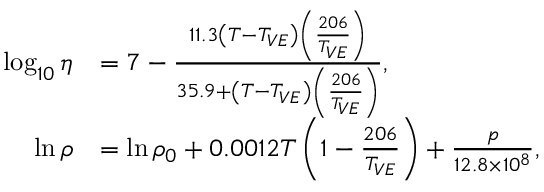
\begin{array} { r l } { \log _ { 1 0 } \eta } & { = 7 - \frac { 1 1 . 3 \left( T - T _ { V E } \right) \left( \frac { 2 0 6 } { T _ { V E } } \right) } { 3 5 . 9 + \left( T - T _ { V E } \right) \left( \frac { 2 0 6 } { T _ { V E } } \right) } , } \\ { \ln \rho } & { = \ln \rho _ { 0 } + 0 . 0 0 1 2 T \left( 1 - \frac { 2 0 6 } { T _ { V E } } \right) + \frac { p } { 1 2 . 8 \times 1 0 ^ { 8 } } , } \end{array}